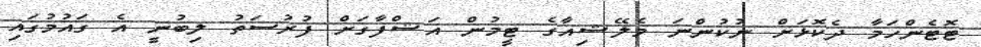
ޓޮޓެންހަމާ ދެކޮޅަށް ނުކުންނަ މެލޭޝިއާގެ ޓީމުން އަޝްފާގަށް ފުރުސަތު ލިބުނީ އެ ގައުމުގައި